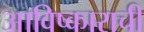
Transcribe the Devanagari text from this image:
आविष्काराची